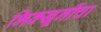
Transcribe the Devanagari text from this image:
भिक्खूनींचा